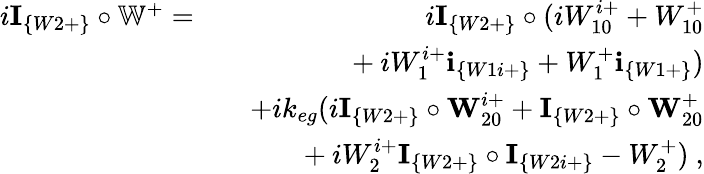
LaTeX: \begin{array}{rlr}{i\textbf{I}_{\{ W2+\} }\circ\mathbb{W}^{+}=}&{}&{i\textbf{I}_{\{ W2+\} }\circ(iW_{10}^{i+}+W_{10}^{+}}\\ &{}&{~~~~~~+iW_{1}^{i+}\textbf{i}_{\{ W1i+\} }+W_{1}^{+}\textbf{i}_{\{ W1+\} })}\\ &{}&{+ik_{eg}(i\textbf{I}_{\{ W2+\} }\circ\textbf{W}_{20}^{i+}+\textbf{I}_{\{ W2+\} }\circ\textbf{W}_{20}^{+}}\\ &{}&{~~~~~~+iW_{2}^{i+}\textbf{I}_{\{ W2+\} }\circ\textbf{I}_{\{ W2i+\} }-W_{2}^{+})~,}\end{array}